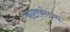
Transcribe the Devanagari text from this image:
कातफोडया